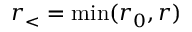
r _ { < } = \mathrm { m i n } ( r _ { 0 } , r )